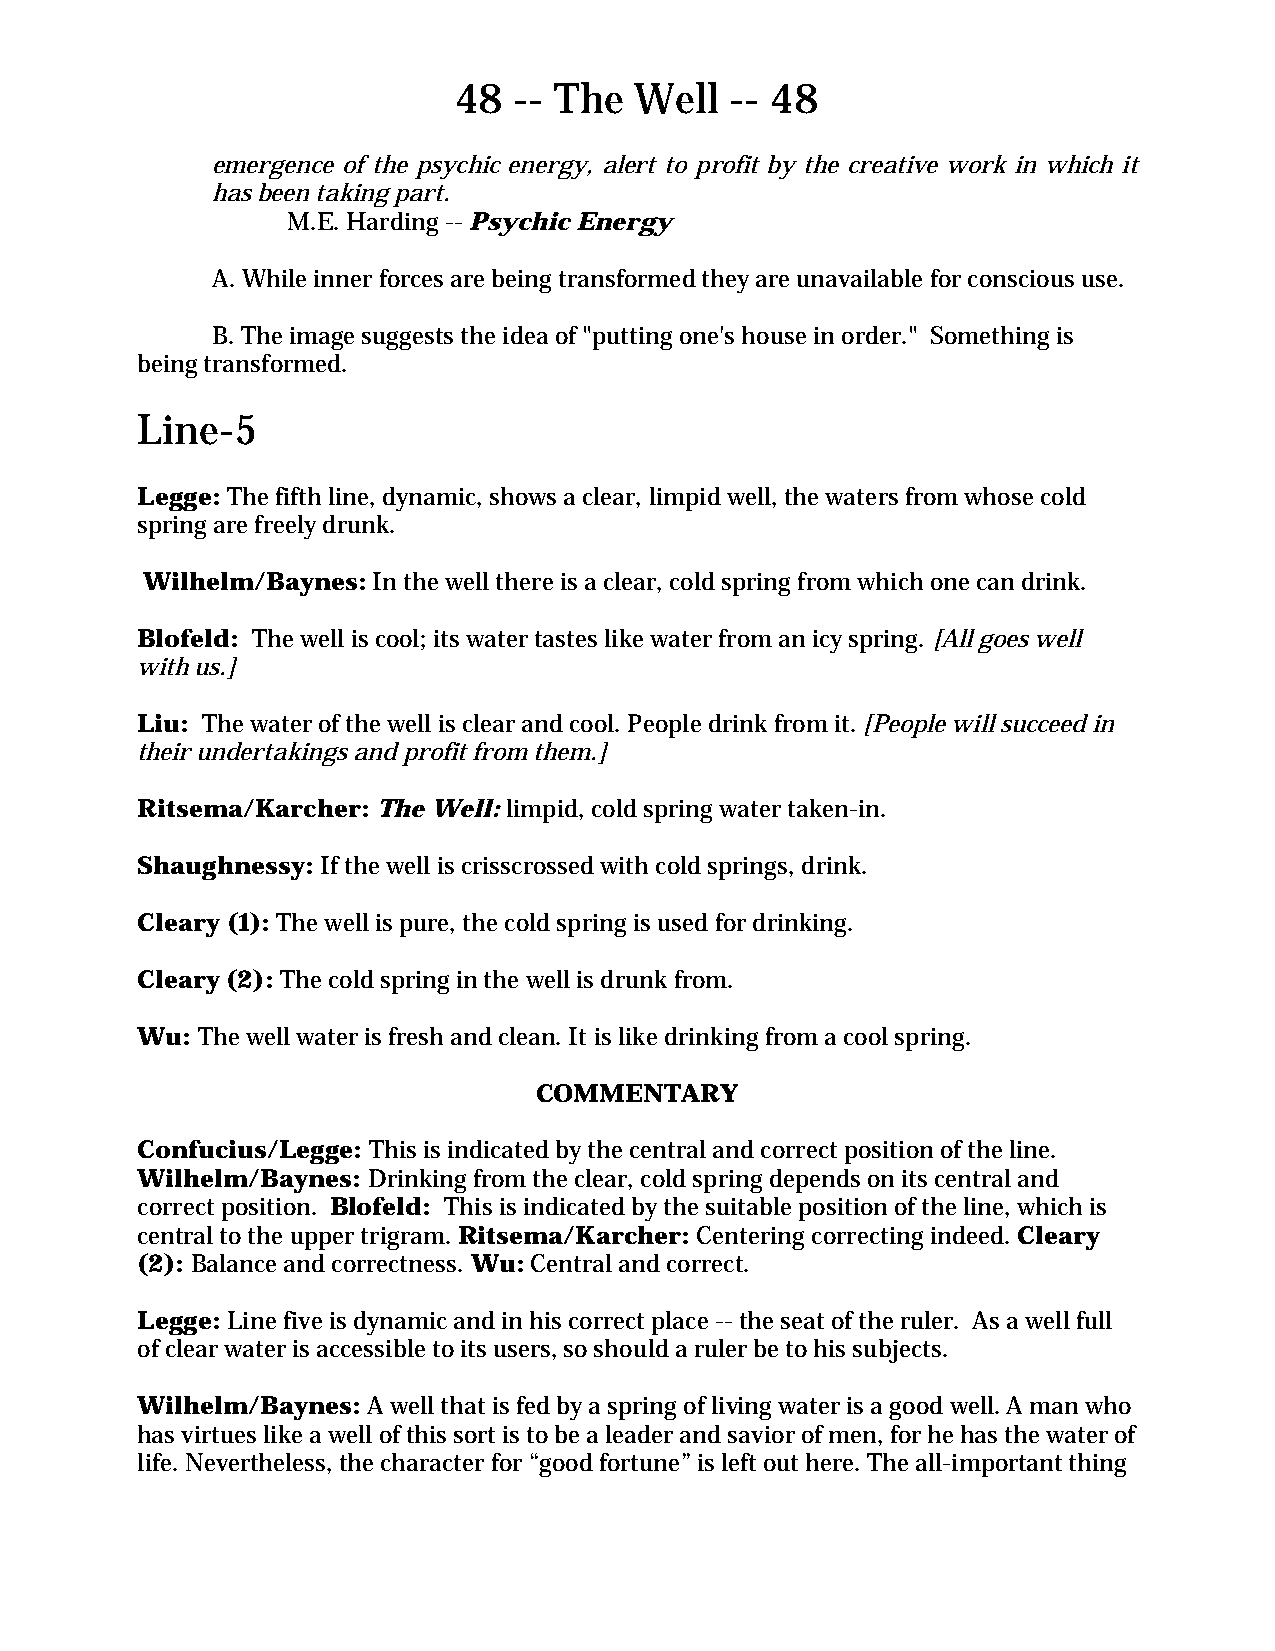
48  -- The  Well  -- 48
 emergence of the psychic energy, alert to profit by the creative work in which it
 has been taking part.
 M.E. Harding -- Psychic Energy
 A. While inner forces are being transformed they are unavailable for conscious use.
 B. The image suggests the idea of "putting one's house in order." Something is
 being transformed.
 Line-5
 Legge: The fifth line, dynamic, shows a clear, limpid well, the waters from whose cold
 spring are freely drunk.
 Wilhelm/Baynes: In the well there is a clear, cold spring from which one can drink.
 Blofeld: The well is cool; its water tastes like water from an icy spring. [All goes well
 with us.]
 Liu: The water of the well is clear and cool. People drink from it. [People will succeed in
 their undertakings and profit from them.]
 Ritsema/Karcher: The Well: limpid, cold spring water taken-in.
 Shaughnessy: If the well is crisscrossed with cold springs, drink.
 Cleary (1): The well is pure, the cold spring is used for drinking.
 Cleary (2): The cold spring in the well is drunk from.
 Wu: The well water is fresh and clean. It is like drinking from a cool spring.
 COMMENTARY
 Confucius/Legge: This is indicated by the central and correct position of the line.
 Wilhelm/Baynes: Drinking from the clear, cold spring depends on its central and
 correct position. Blofeld: This is indicated by the suitable position of the line, which is
 central to the upper trigram. Ritsema/Karcher: Centering correcting indeed. Cleary
 (2): Balance and correctness. Wu: Central and correct.
 Legge: Line five is dynamic and in his correct place -- the seat of the ruler. As a well full
 of clear water is accessible to its users, so should a ruler be to his subjects.
 Wilhelm/Baynes: A well that is fed by a spring of living water is a good well. A man who
 has virtues like a well of this sort is to be a leader and savior of men, for he has the water of
 life. Nevertheless, the character for “good fortune” is left out here. The all-important thing